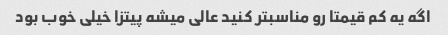
اگه یه کم قیمتا رو مناسبتر کنید عالی میشه پیتزا خیلی خوب بود